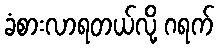
ခံစားလာရတယ်လို့ ဂရက်